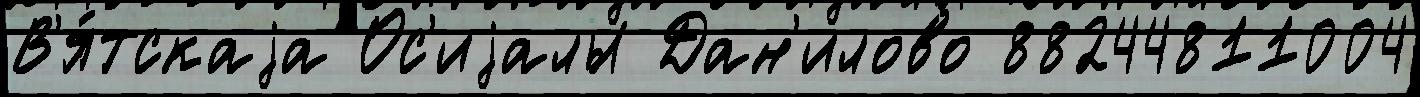
В'я́тскаjа Ос'иjалы Дан'илово 88244811004